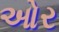
ઓર